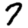
Digit: 7